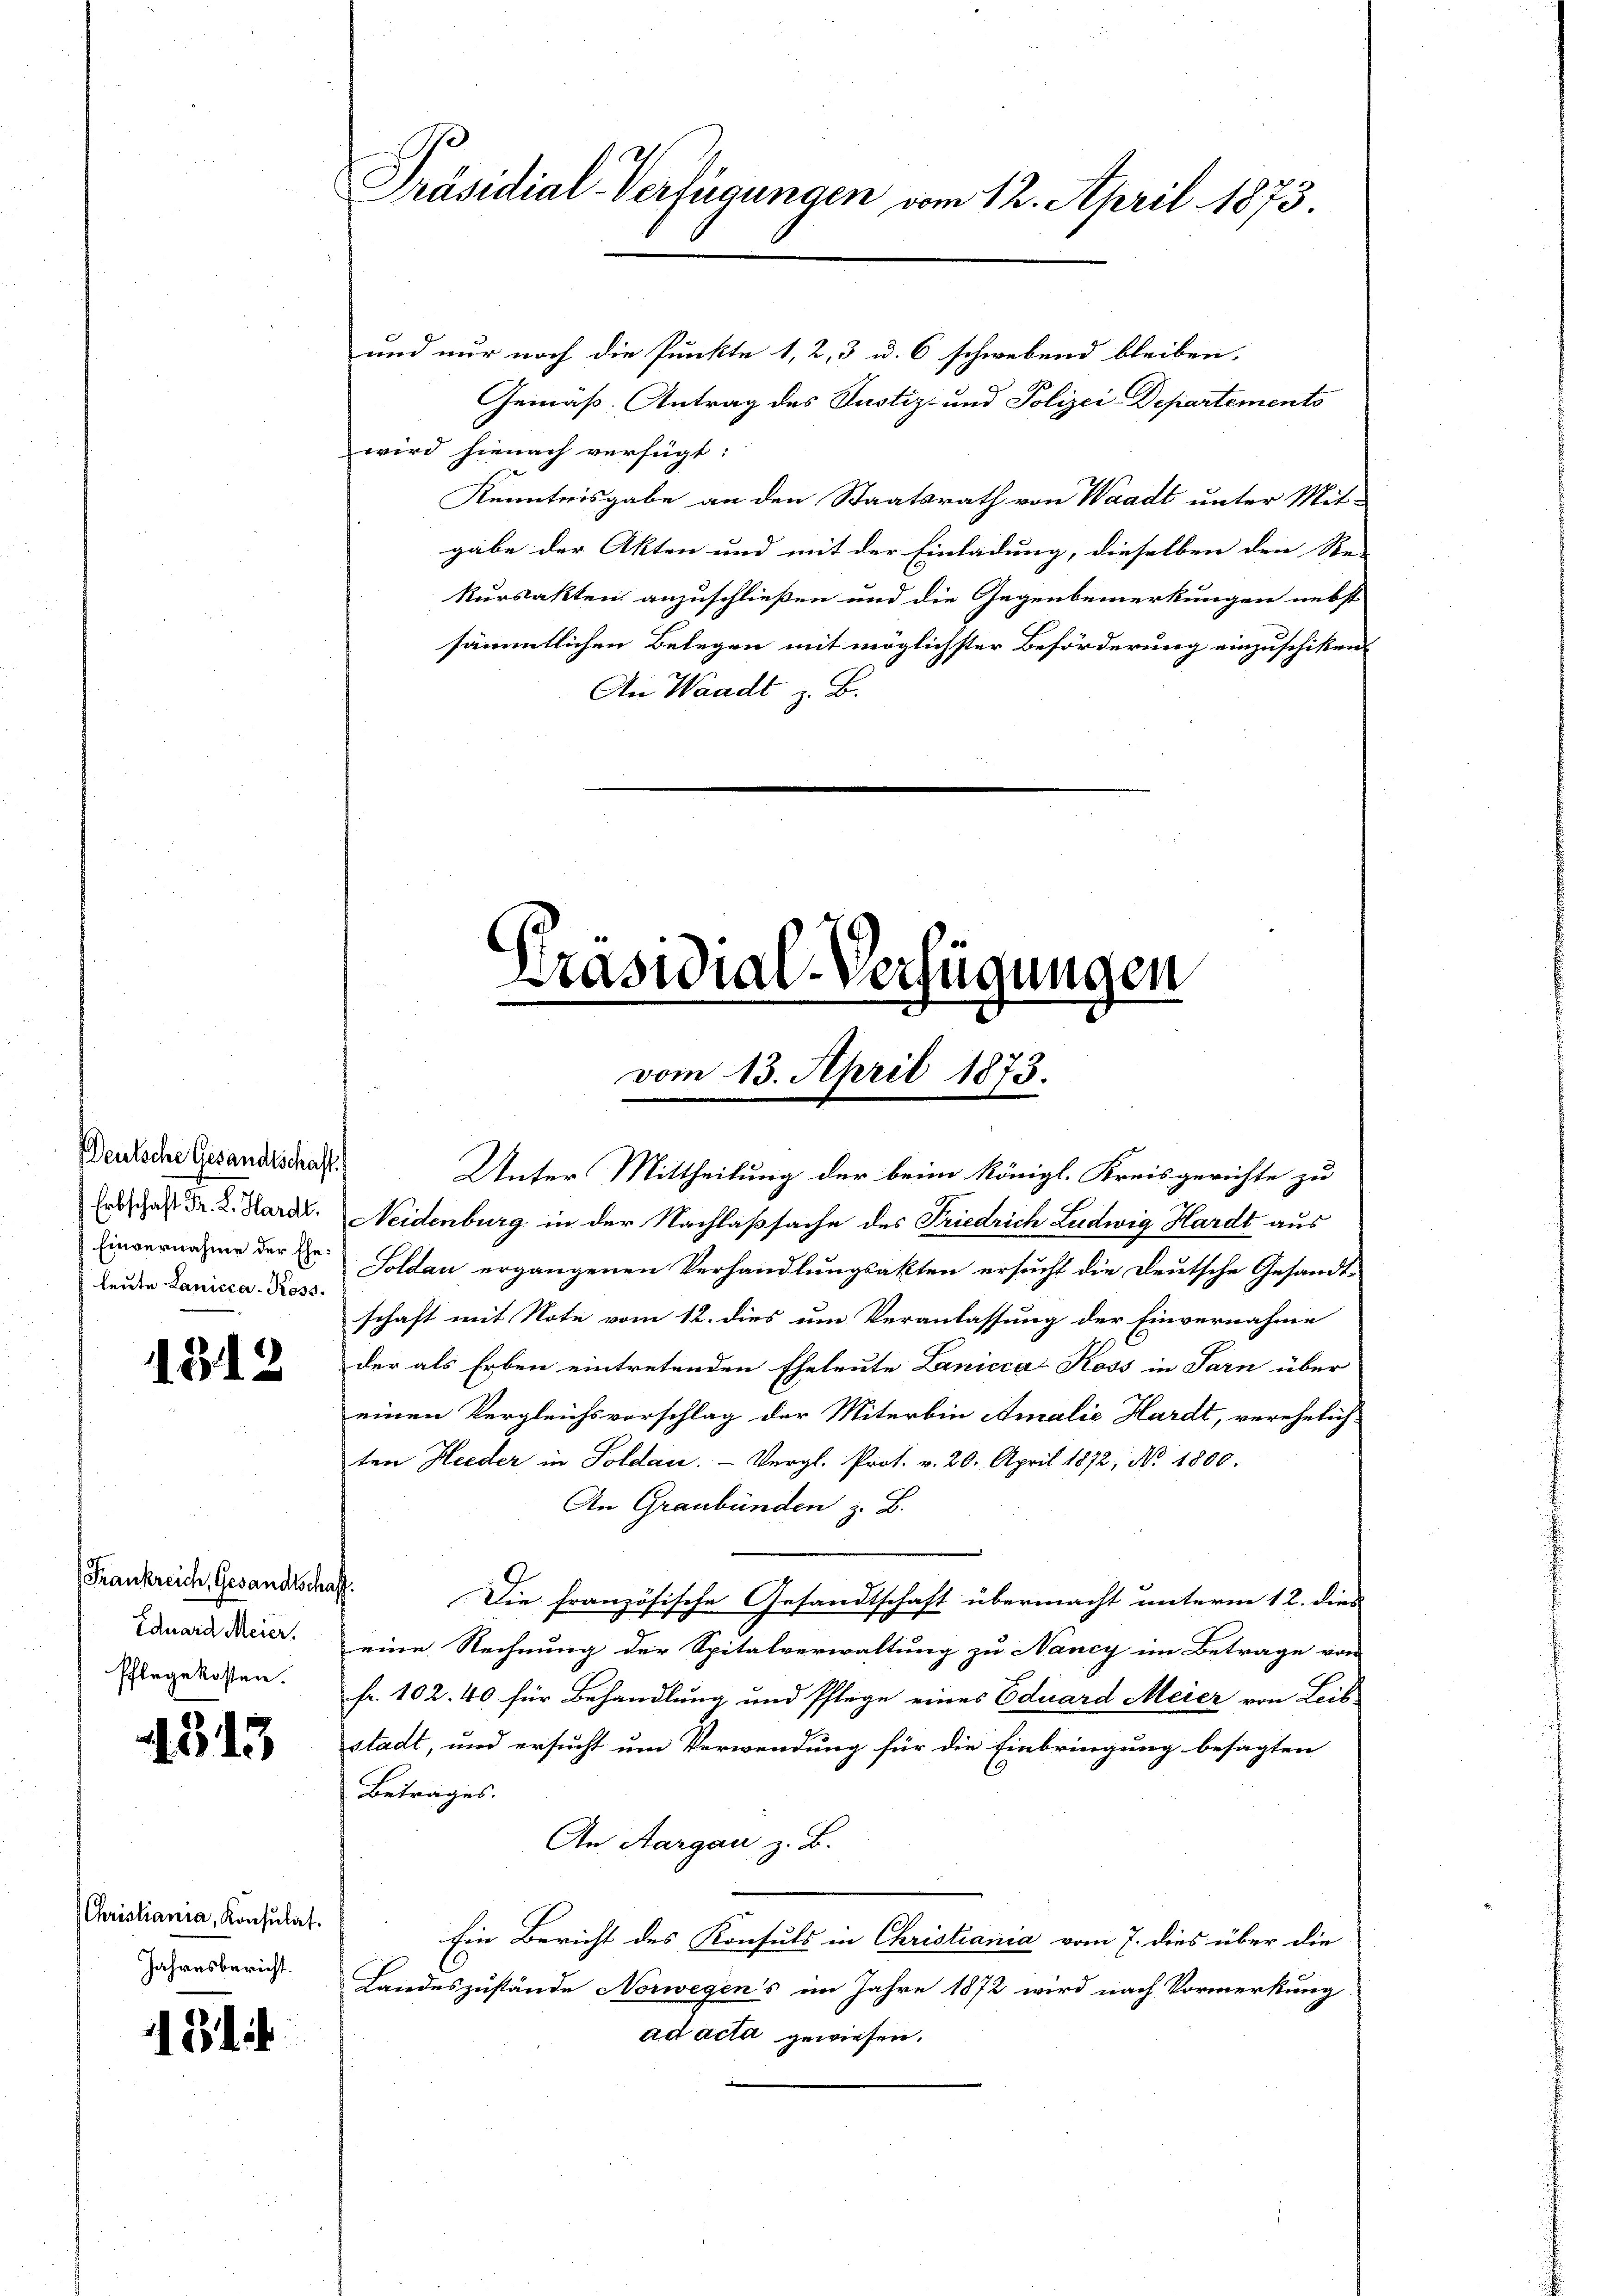
Deutsche Gesandtschaft.
leute Lanicca-Koss.

1312

Eduard Meier.
Pflegekosten.

4313

Christiania, Konsulat.
Jahresbericht.

131

Präsidial-Verfügungen vom 12. April 1873.

und nur noch die Punkte 1, 2, 3 u. 6 schwebend bleiben.
Gemäß Antrag des Justiz- und Polizei Departements
wird hienach verfügt:
Kenntnisgabe an den Staatsrath von Waadt unter Mit-
gabe der Akten und mit der Einladung, dieselben den Re-
kursakten anzuschließen und die Gegenbemerkungen nebst
sämmtlichen Belegen mit möglichster Beförderung einzuschiken
An Waadt B.

Unter Mittheilung der beim Königl. Kreisgerichte zu
Erdschaft Dr. L. Kard. Neidenburg in der Nachlaßsache des Friedrich Ludwig Hardt aus
Einvernahme der B. Soldau ergangenen Verhandlungsakten ersucht die Deutsche Gesandt-
schaft mit Note vom 12. dies um Veranlassung der Einvernahme
der als Erben eintretenden Eheleute Lanicca Koss in Sarn über
einen Vergleichsvorschlag der Miterbin Amalie Hardt, verehelich
ten Heeder in Soldau. — Vergl. Prot. v. 20. April 1872, No 1800.
An Graubünden z. B.
Frankreich Gesandtschaft. Die französische Gesandtschaft übermacht unterm 12. dies
eine Rechnung der Spitalverwaltung zu Nancy im Betrage von
fr. 102. 40 für Behandlung und Pflege eines Eduard Meier von Leib-
stadt, und ersucht um Verwendung für die Einbringung besagten
Betrages.
An Aargau z. B.
Ein Bericht des Konsuls in Christiania vom 7. dies über die
Landeszustände Norwegens im Jahre 1872 wird nach Vormerkung
ad acta gewiesen.

Präsidial-Verfügungen
e

vom 13. April 1873.